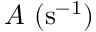
A ~ ( \mathrm { s } ^ { - 1 } )